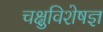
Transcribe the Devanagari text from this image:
चक्षुविशेषज्ञ